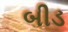
બીડ